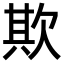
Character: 欺